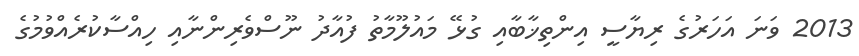
2013 ވަނަ އަހަރުގެ ރިޔާސީ އިންތިޚާބާއި ގުޅޭ މައުލޫމާތު ފުއާދު ނޫސްވެރިންނާއި ހިއްސާކުރެއްވުމުގެ